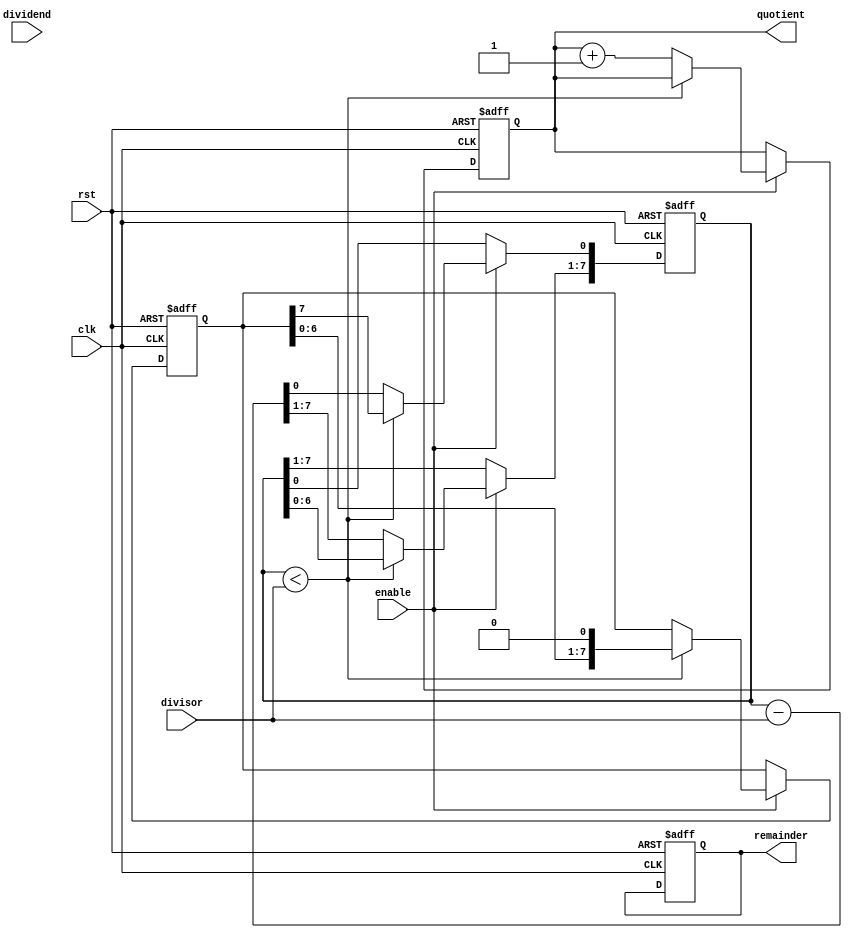
module binary_divider (
    input wire clk,
    input wire rst,
    input wire enable,
    input wire [7:0] dividend,
    input wire [7:0] divisor,
    output reg [7:0] quotient,
    output reg [7:0] remainder
);

reg [7:0] dividend_reg;
reg [7:0] remainder_reg;

always @ (posedge clk or posedge rst)
begin
    if (rst)
    begin
        dividend_reg <= 8'b0;
        remainder_reg <= 8'b0;
        quotient <= 8'b0;
        remainder <= 8'b0;
    end
    else if (enable)
    begin
        if (remainder_reg < divisor)
        begin
            dividend_reg <= dividend_reg << 1;
            remainder_reg <= remainder_reg << 1;
            remainder_reg[0] <= dividend_reg[7];
        end
        else
        begin
            remainder_reg <= remainder_reg - divisor;
            quotient <= quotient + 1;
        end
    end
end

endmodule